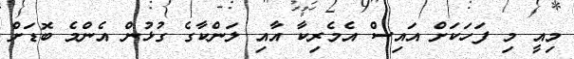
މިއީ މި ފަހަކަށް އަައިސް އެމެރިކާ އާއި ލަންކާގެ ގުޅުން އެންމެ ބޮޑަށް